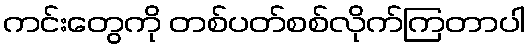
ကင်းတွေကို တစ်ပတ်စစ်လိုက်ကြတာပါ